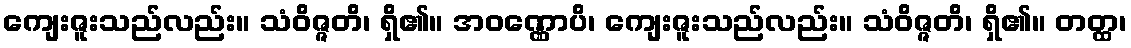
ကျေးဇူးသည်လည်း။ သံဝိဇ္ဇတိ၊ ရှိ၏။ အဝဏ္ဏောပိ၊ ကျေးဇူးသည်လည်း။ သံဝိဇ္ဇတိ၊ ရှိ၏။ တတ္ထ၊